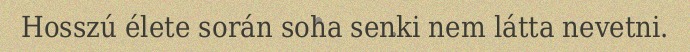
Hosszú élete során soha senki nem látta nevetni.